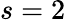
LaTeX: s=2